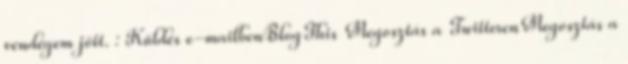
vendégem jött. : Küldés e-mailbenBlogThis Megosztás a TwitterenMegosztás a